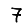
Digit: 7